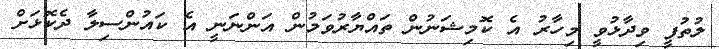
ލުތުފީ ވިދާޅުވީ މިހާރު އެ ކޮމިޝަނުން ތައްޔާރުވަމުން އަންނަނީ އެ ކައުންސިލާ ދެކޮޅަށް